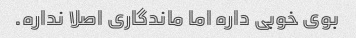
بوی خوبی داره اما ماندگاری اصلا نداره.